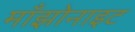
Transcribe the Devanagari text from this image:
माँझोनाइट